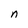
Character: n